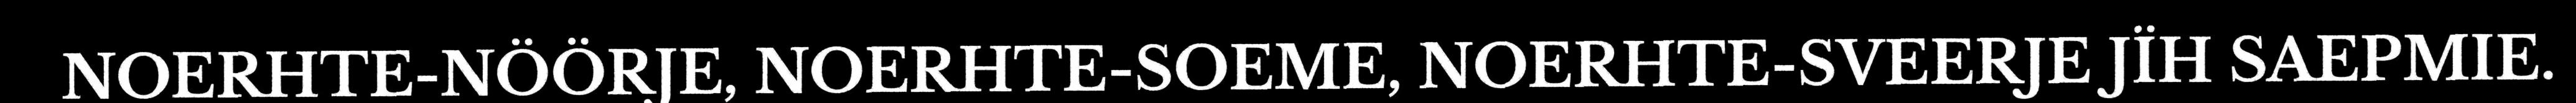
NOERHTE-NÖÖRJE, NOERHTE-SOEME, NOERHTE-SVEERJE JÏH SAEPMIE.